Triennial report on the lunatic asylums in the province of Eastern Bengal and Assam - 1903-1911
Year: 1903
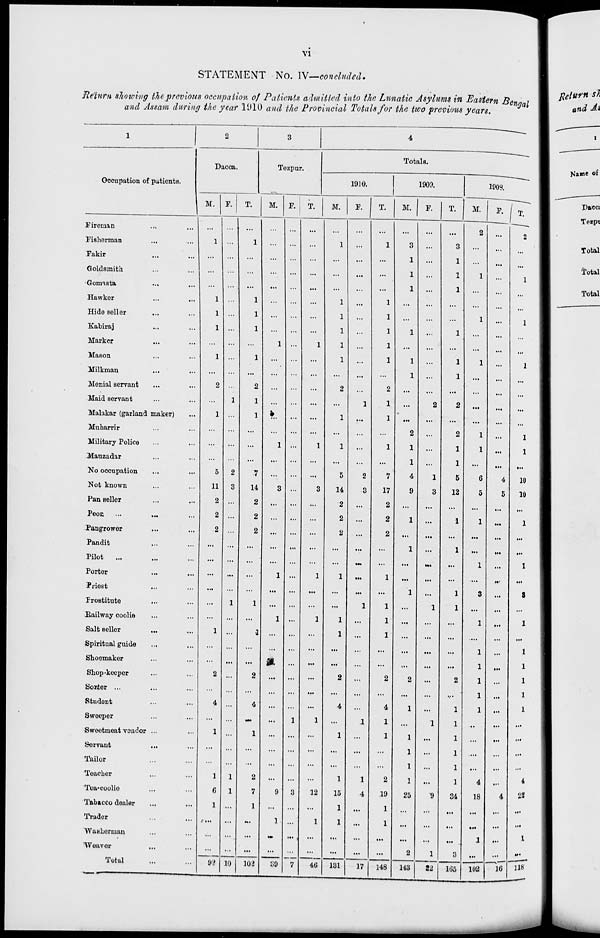
vi
STATEMENT No. IV—concluded.
Return showing the previous occupation of Patients admitted into the Lunatic Asylums in Eastern Bengal
and Assam during the year 1910 and the Provincial Totals for the two previous years.
1
Occupation of patients.
Fireman ... ...
Fisherman ... ...
Fakir ... ...
Goldsmith ... ...
Gomasta ... ...
Hawker ... ...
Hide seller ... ...
Kabiraj ... ...
Marker ... ...
Mason ... ...
Milkman ... ...
Menial servant ... ...
Maid servant ... ...
Malakar (garland maker) ...
Muharrir ... ...
Military Police ... ...
Mauzadar ... ...
No occupation ... ...
Not known ... ...
Pan seller ... ...
Peon ... ... ...
Pangrower ... ...
Pandit ... ...
Pilot
... ... ...
Porter ... ...
Priest ... ...
Prostitute ... ...
Railway coolie ... ...
Salt seller ... ...
Spiritual guide ... ...
Shoemaker ... ...
Shop-keeper ... ...
Sorter ... ... ...
Student ... ...
Sweeper ... ...
Sweetmeat vendor ... ...
Servant ... ...
Tailor ... ...
Teacher ... ...
Tea-coolie ... ...
Tobacco dealer ... ...
Trader ... ...
Washerman ... ...
Weaver ... ...
Total ... ...
2
Dacca.
M.
...
1
...
...
...
1
1
1
...
1
...
2
...
1
...
...
...
5
11
2
2
2
...
...
...
...
...
...
1
...
...
2
...
4
...
1
...
...
1
6
1
...
...
...
92
F.
...
...
...
...
...
...
...
...
...
...
...
...
1
...
...
...
...
2
3
...
...
...
...
...
...
...
1
...
...
...
...
...
...
...
...
...
...
...
1
1
...
...
...
...
10
T.
...
1
...
...
...
1
1
1
...
1
...
2
1
1
...
...
...
7
14
2
2
2
...
...
...
...
1
...
1
...
...
2
...
4
...
1
...
...
2
7
1
...
...
...
102
3
Tezpur.
M.
...
...
...
...
...
...
...
...
1
...
...
...
...
...
...
1
...
...
3
...
...
...
...
...
1
...
...
1
...
...
...
...
...
...
...
...
...
...
...
9
...
1
...
...
39
F.
...
...
...
...
...
...
...
...
...
...
...
...
...
...
...
...
...
...
...
...
...
...
...
...
...
...
...
...
...
...
...
...
...
...
1
...
...
..
...
3
...
...
...
...
7
T.
...
...
...
...
...
...
...
...
1
...
...
...
...
...
...
1
...
...
3
...
...
...
...
...
1
...
...
1
...
...
...
...
...
...
1
...
...
...
...
12
...
1
...
...
46
4
Totals.
1910.
M.
...
1
...
...
...
1
1
1
1
1
...
2
...
1
...
1
...
5
14
2
2
2
...
...
1
...
...
1
1
...
...
2
...
4
...
1
...
...
1
15
1
1
...
...
131
F.
...
...
...
...
...
...
...
...
...
...
...
...
1
...
...
...
...
2
3
...
...
...
...
...
...
...
1
...
...
...
...
...
...
...
1
...
...
...
1
4
...
...
...
...
17
T.
...
1
...
...
...
1
1
1
1
1
...
2
1
1
...
1
...
7
17
2
2
2
...
...
1
...
1
1
1
...
...
2
...
4
1
1
...
...
2
19
1
1
...
...
148
1909.
M.
...
3
1
1
1
...
...
1
...
1
1
...
...
...
2
1
1
4
9
...
1
...
1
...
...
1
...
...
...
...
...
2
...
1
...
1
1
1
1
25
...
...
...
2
143
F.
...
...
...
...
...
...
...
...
...
...
...
...
2
...
...
...
...
1
3
...
...
...
...
...
...
...
1
...
...
...
...
...
...
...
1
...
...
...
...
9
...
...
...
1
22
T.
...
3
1
1
1
...
...
1
...
1
1
...
2
...
2
1
1
5
12
...
1
...
1
...
...
1
1
...
...
...
...
2
...
1
1
1
1
1
1
34
...
...
...
3
165
1908.
M.
2
...
...
1
...
...
1
...
...
1
...
...
...
...
1
1
...
6
5
...
1
...
...
1
...
3
...
1
...
1
1
1
1
1
...
...
...
...
4
18
...
...
1
...
102
F. ...
...
...
...
...
...
...
...
...
...
...
...
...
...
...
...
...
4
5
...
...
...
...
...
...
...
...
...
...
...
...
...
...
...
...
...
...
...
...
4
...
...
...
...
16
T.
2
...
...
1
...
...
1
...
...
1
...
...
...
...
1
1
...
10
10
...
1
...
...
1
...
3
...
1
...
1
1
1
1
1
...
...
...
...
4
22
...
...
1
...
118